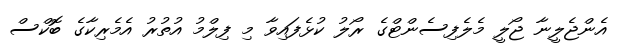
އެންޖެލީނާ ޖޯލީ މެލެފިސެންޓްގެ ރޯލު ކުޅެފައިވާ މި ފިލްމު އުތުރު އެމެރިކާގެ ބޮކްސް